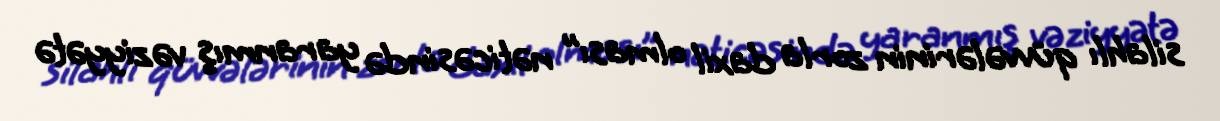
silahlı qüvvələrinin zorla daxil olması’’ nəticəsində yaranmış vəziyyətə